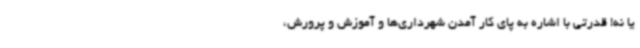
یا نه! قدرتی با اشاره به پای کار آمدن شهرداری‌ها و آموزش و پرورش،